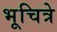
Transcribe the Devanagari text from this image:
भूचित्रे